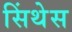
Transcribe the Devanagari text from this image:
सिंथेस